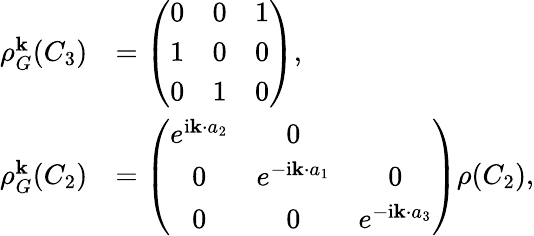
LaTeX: \begin{array}{rl}{\rho_{G}^{\mathbf k}(C_{3})}&{=\left(\begin{array}{ccc}{0}&{0}&{1}\\ {1}&{0}&{0}\\ {0}&{1}&{0}\end{array}\right),}\\ {\rho_{G}^{\mathbf k}(C_{2})}&{=\left(\begin{array}{ccc}{e^{\mathrm{i}{\mathbf k}\cdot{a}_{2}}}&{0}\\ {0}&{e^{-\mathrm{i}{\mathbf k}\cdot{a}_{1}}}&{0}\\ {0}&{0}&{e^{-\mathrm{i}{\mathbf k}\cdot{a}_{3}}}\end{array}\right)\rho(C_{2}),}\end{array}